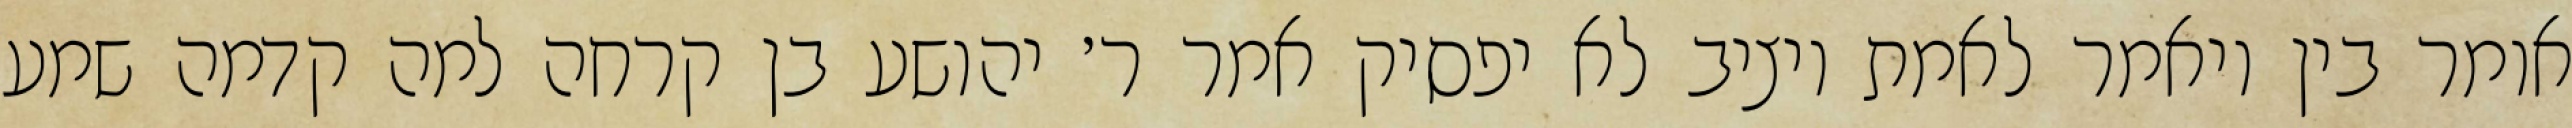
אומר בין ויאמר לאמת ויציב לא יפסיק אמר ר׳ יהושע בן קרחה למה קדמה שמע